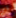
أي